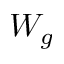
W _ { g }